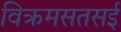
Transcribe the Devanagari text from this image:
विक्रमसतसई